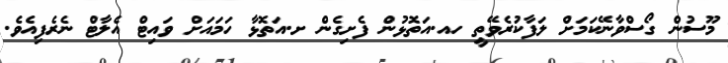
މޫސުން ގޯސްވާނޭކަމަށް ލަފާކުރެވޭތީ ހއ.އަތޮޅުން ފެށިގެެން ށ.އަތޮޅާ ހަމައަށް ވައިޓް އެލާޓް ނެރެފިއެވެ.